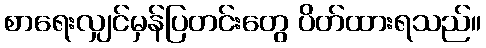
စာရေးလျှင်မှန်ပြတင်းတွေ ပိတ်ထားရသည်။